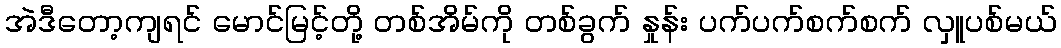
အဲဒီတော့ကျရင် မောင်မြင့်တို့ တစ်အိမ်ကို တစ်ခွက် နှုန်း ပက်ပက်စက်စက် လှူပစ်မယ်